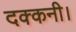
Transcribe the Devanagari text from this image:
दक्कनी।